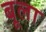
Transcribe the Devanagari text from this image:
बूला